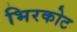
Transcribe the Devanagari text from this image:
भिरकोट